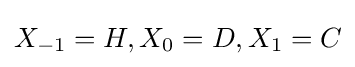
X_{-1}=H,X_{0}=D,X_{1}=C